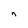
Character: n